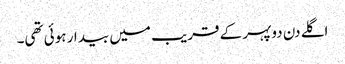
اگلے دن دوپہر کے قریب میں بیدار ہوئی تھی۔